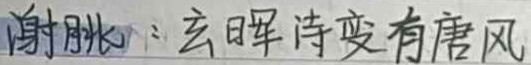
谢朓：玄晖诗变有唐风